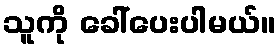
သူကို ခေါ်ပေးပါမယ်။